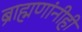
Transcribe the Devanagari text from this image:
ब्राह्मणांनीही